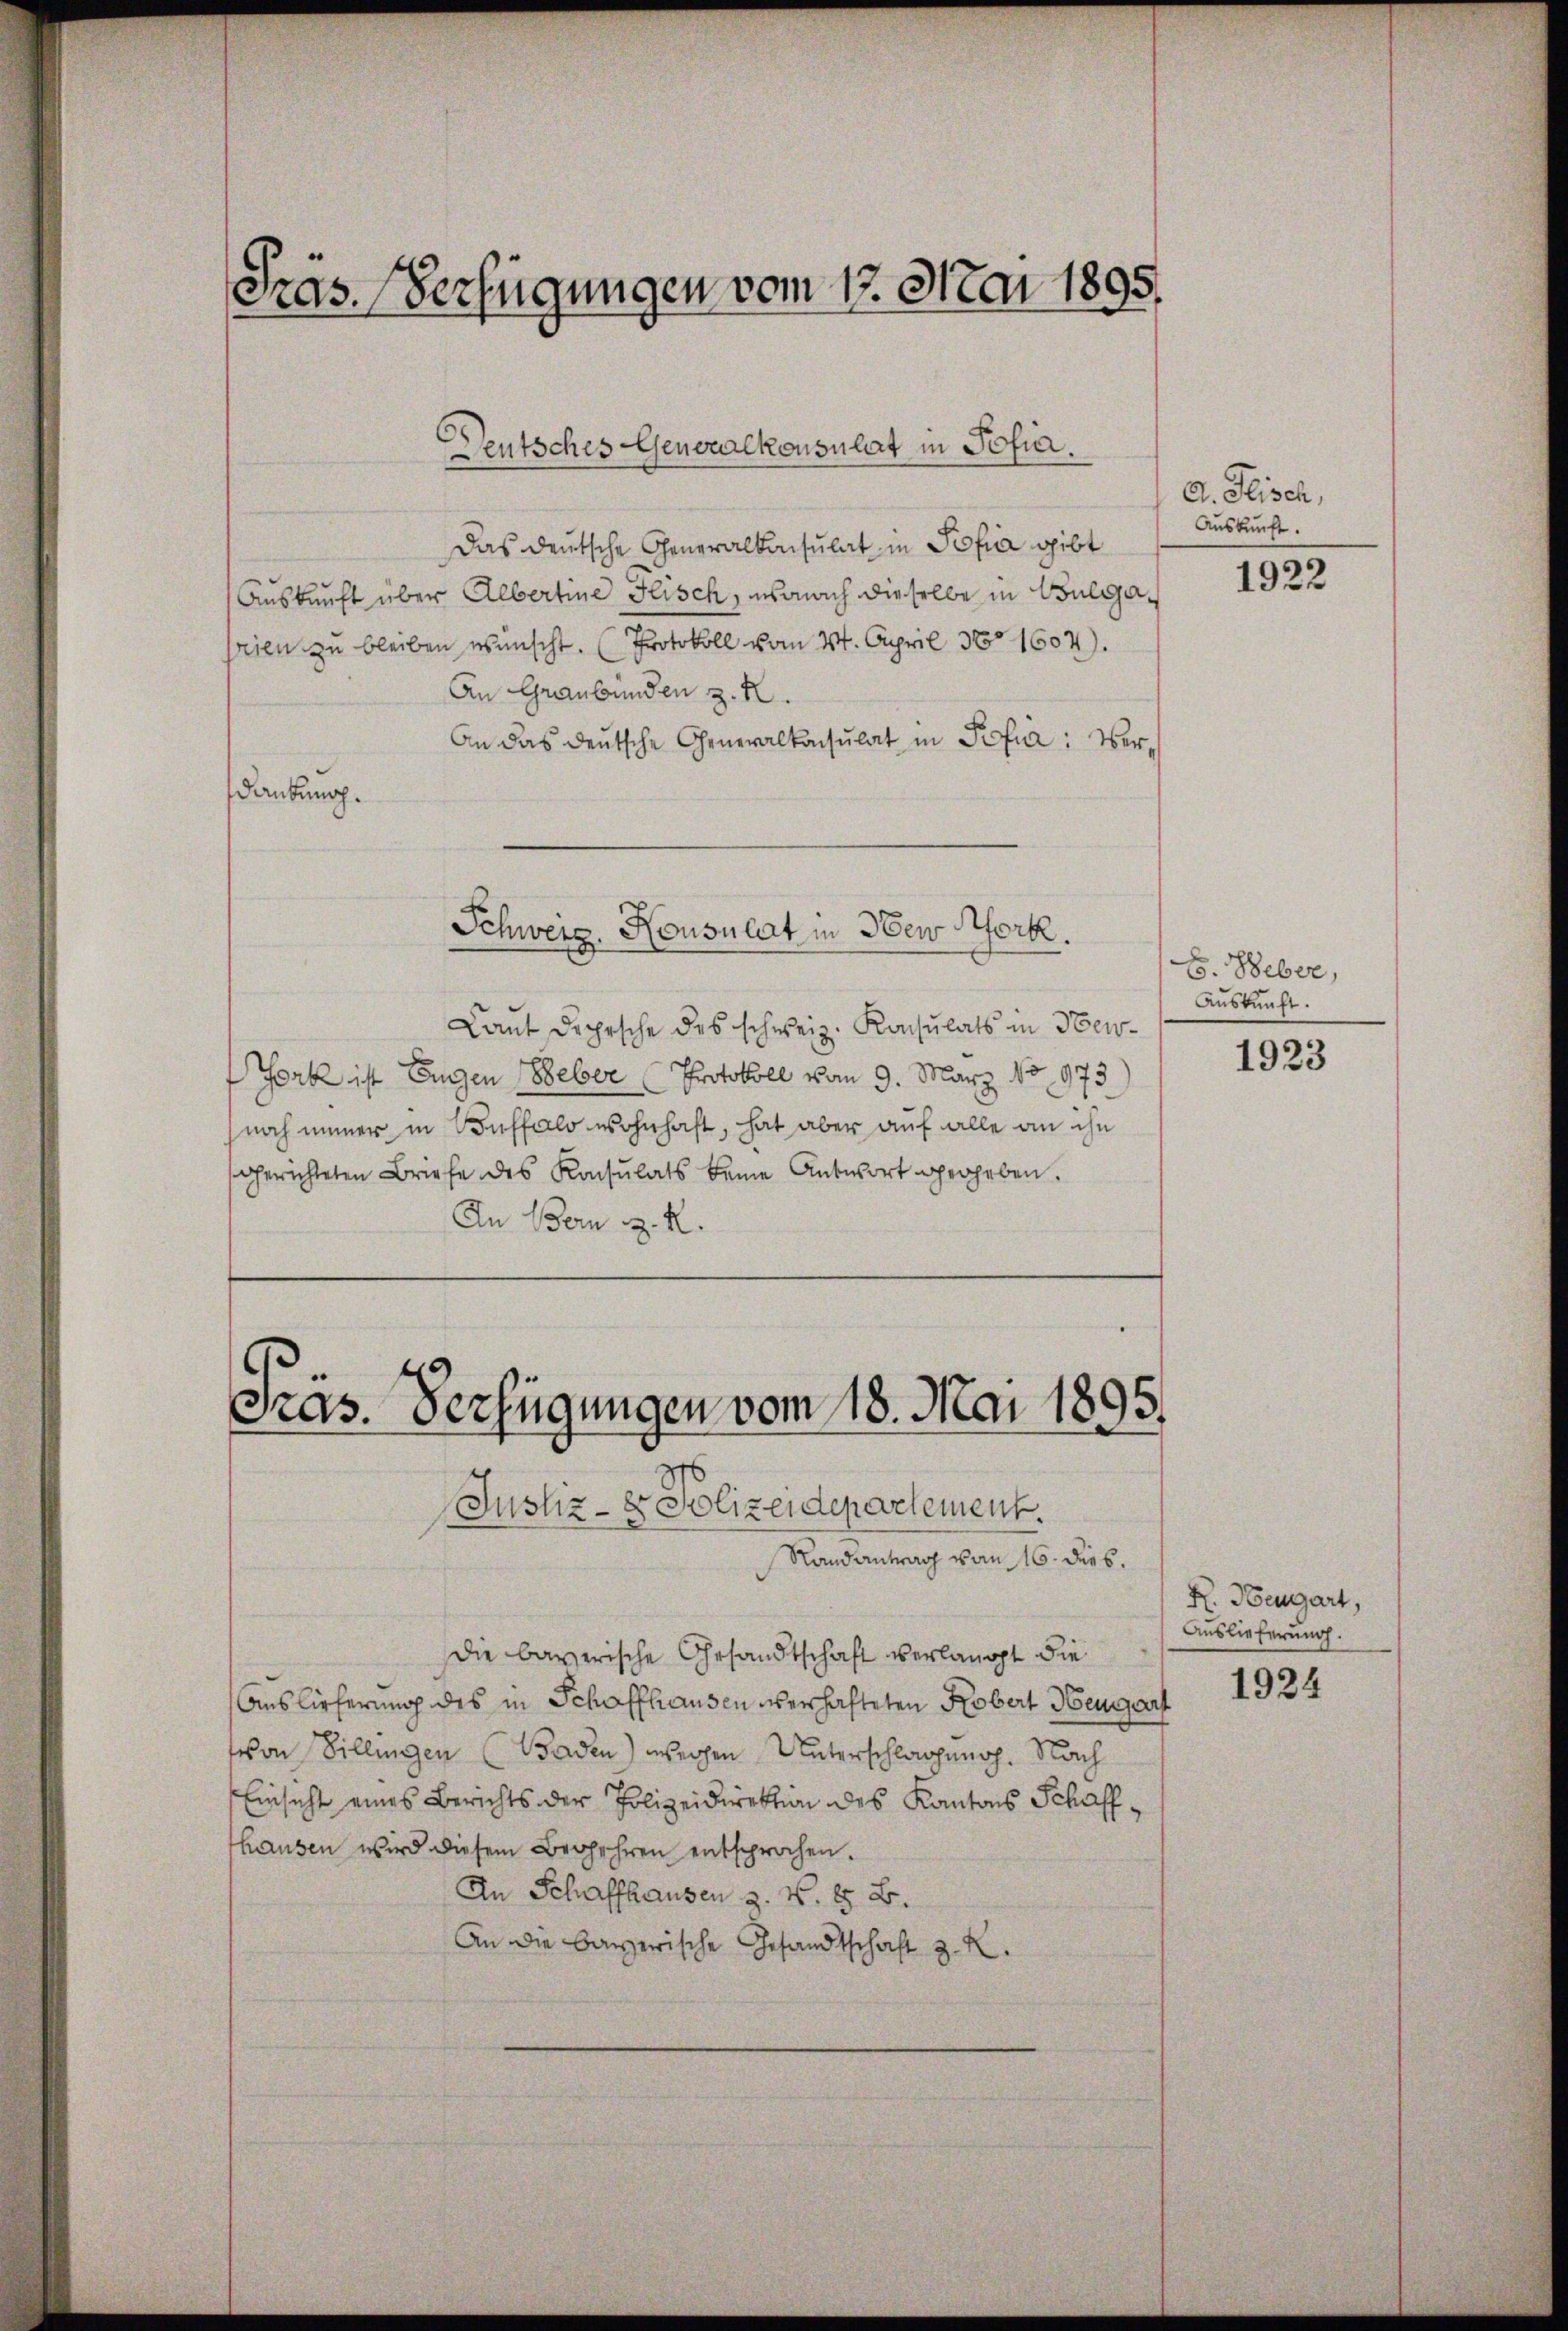
Fras. Verfügungen vom 17. Mai 1895.

Deutsches Generalkonsulat in Pofir.

Das deutsche Generalkonsulat in Pofia gibt
Auskunft über Albertine Flisch, wonach dieselbe in Bulgarien zu bleiben wünscht. (Protokoll vom 24. April No 1604).
An Graubünden z. B.
An das deutsche Generalkonsulat in Pfia: Verdankung.

Laut Depesche des schweiz. Konsulats in New-
Fork ist Eugen Weber Protokoll vom 9. März No 973
noch immer in Buffalo wohnhaft, hat aber auf alle an ihn
gerichteten Briefe des Konsulats keine Antwort gegeben.
An Bern z. R.

Schweiz. Konsulat in Aber Nork.

Gras. Verfügungen vom 18. Mai 1895.

Justiz- & Polizeidepartement.
Randantrag vom 16. Dieb.
die bayerische Gesandtschaft verlangt die
Auslieferung des in Schaffhausen überhafteten Kobert Heugart
von Billingen (Baden) wegen Unterschlagung. Nach
Einsicht eines Berichts der Polizeidirektion des Kantons Schaffhausen wird diesem Begehren entsprochen.
An Schaffhausen z. K. H. B.
An die bayerische Gesandtschaft z. R.

A. Plisch,
Auskunft.

1922

E. Weber,
Auskunft.

1923

R. Heugart,
Auslieferung.

1924